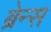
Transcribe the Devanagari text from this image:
ब्रेन्स